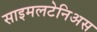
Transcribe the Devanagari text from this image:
साइमलटेनिअस